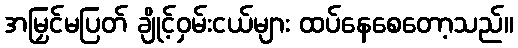
အမြှင်မပြတ် ချိုင့်ဝှမ်းငယ်များ ထပ်နေစေတော့သည်။